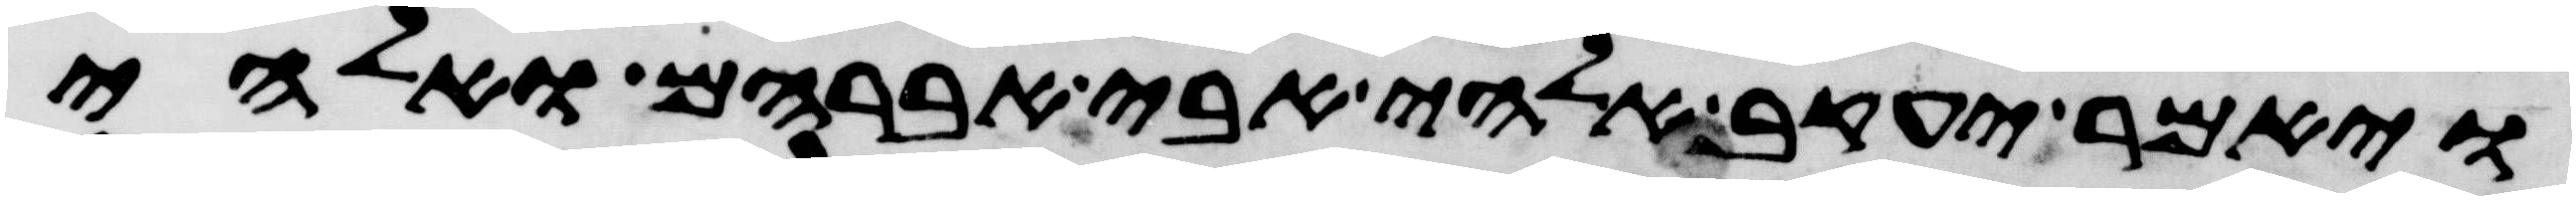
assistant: ויאמר יעקב אלהי אבי אברהם ואלהי